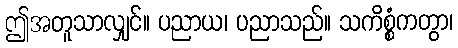
ဤအတူသာလျှင်။ ပညာယ၊ ပညာသည်။ သကိစ္စံကတွာ၊